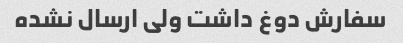
سفارش دوغ داشت ولی ارسال نشده